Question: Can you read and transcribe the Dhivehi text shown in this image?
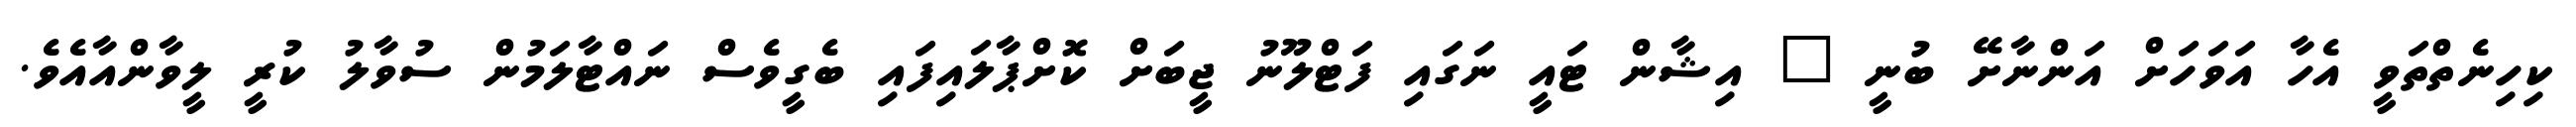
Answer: ކިހިނެތްތަވީ އެހާ އަވަހަށް އަންނާށޭ ބުނީ " އިޝާން ޓައީ ނަގައި ފަޓްލޫނު ޖީބަށް ކޮށްޕާލައިފައި ބެގީވެސް ނައްޓާލަމުން ސުވާލު ކުރީ ލީވާންއާއެވެ.